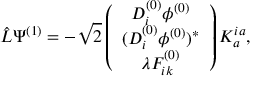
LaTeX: \hat { L } \Psi ^ { ( 1 ) } = - \sqrt { 2 } \left( \begin{array} { c } { { D _ { i } ^ { ( 0 ) } \phi ^ { ( 0 ) } } } \\ { { ( D _ { i } ^ { ( 0 ) } \phi ^ { ( 0 ) } ) ^ { \ast } } } \\ { { \lambda F _ { i k } ^ { ( 0 ) } } } \end{array} \right) K _ { a } ^ { i a } ,